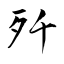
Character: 歼